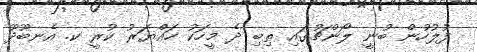
ފުލުހުން ބުނީ ލޯންޗުގައި ތިބި ދެ މީހަކު ހައްޔަރު ކުރީ ކ. އެނބޫދޫ